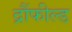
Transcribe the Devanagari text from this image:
द्रौंफील्ड